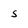
Character: 5